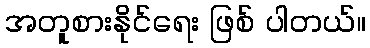
အတူစားနိုင်ရေး ဖြစ် ပါတယ်။